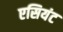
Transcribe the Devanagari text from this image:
एसियंट